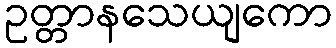
ဥတ္တာနသေယျကော